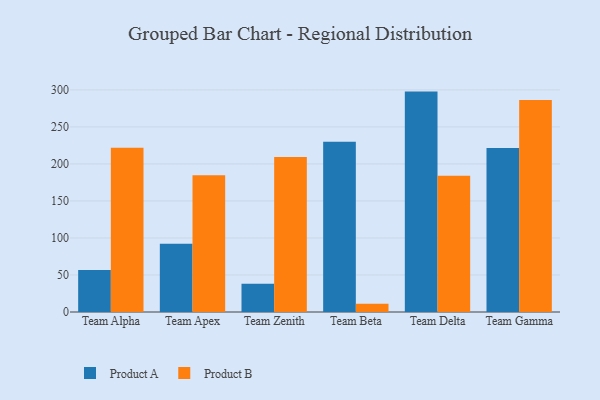
{"axis": {"x": "Team", "y": "LTV (USD)"}, "legend": ["Product A", "Product B"], "data": [{"x": "Team Alpha", "y": 56.7, "type": "Product A"}, {"x": "Team Alpha", "y": 221.8, "type": "Product B"}, {"x": "Team Apex", "y": 92.2, "type": "Product A"}, {"x": "Team Apex", "y": 184.6, "type": "Product B"}, {"x": "Team Zenith", "y": 38.3, "type": "Product A"}, {"x": "Team Zenith", "y": 209.3, "type": "Product B"}, {"x": "Team Beta", "y": 230.0, "type": "Product A"}, {"x": "Team Beta", "y": 11.1, "type": "Product B"}, {"x": "Team Delta", "y": 297.7, "type": "Product A"}, {"x": "Team Delta", "y": 184.0, "type": "Product B"}, {"x": "Team Gamma", "y": 221.6, "type": "Product A"}, {"x": "Team Gamma", "y": 286.2, "type": "Product B"}]}